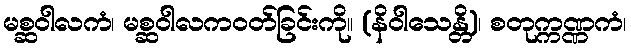
မစ္ဆဝါလကံ၊ မစ္ဆဝါလကဝတ်ခြင်းကို။ (နိဝါသေန္တိ)၊ စတုက္ကဏ္ဏကံ၊